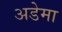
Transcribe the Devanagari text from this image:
अडेमा